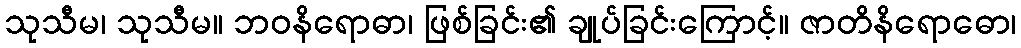
သုသီမ၊ သုသီမ။ ဘဝနိရောဓာ၊ ဖြစ်ခြင်း၏ ချုပ်ခြင်းကြောင့်။ ဇာတိနိရောဓော၊